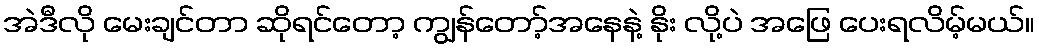
အဲဒီလို မေးချင်တာ ဆိုရင်တော့ ကျွန်တော့်အနေနဲ့ နိုး လို့ပဲ အဖြေ ပေးရလိမ့်မယ်။